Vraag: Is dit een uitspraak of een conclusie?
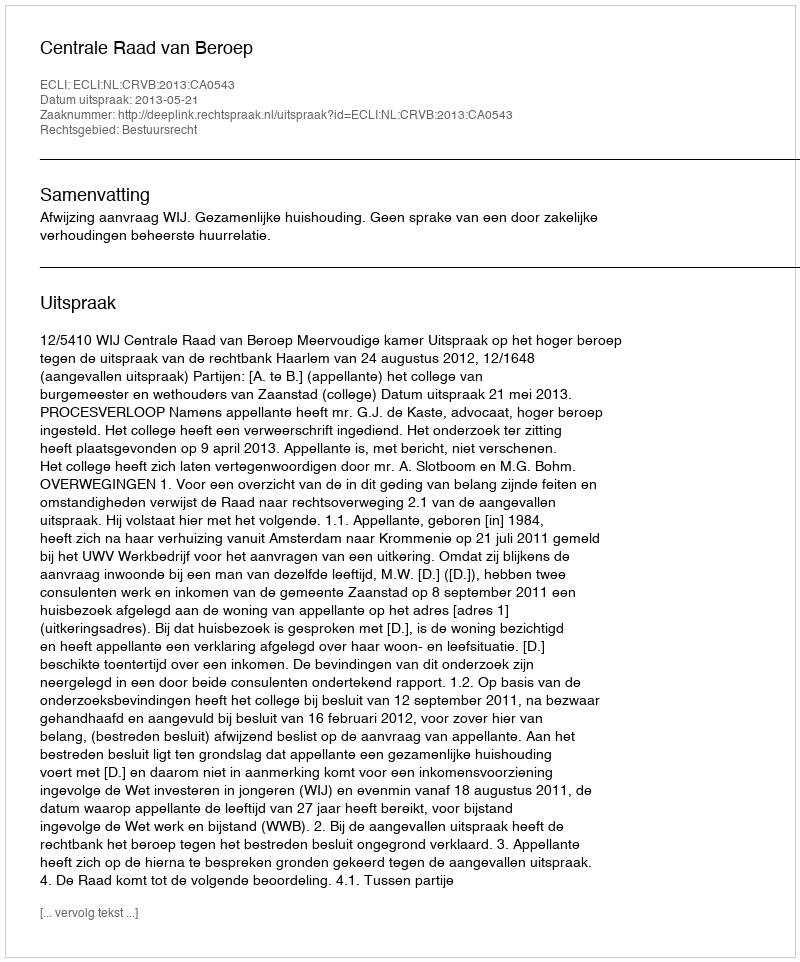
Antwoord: Uitspraak